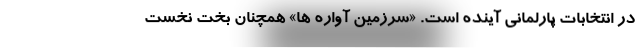
در انتخابات پارلمانی آینده است. «سرزمین آواره ها» همچنان بخت نخست